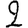
Digit: 2